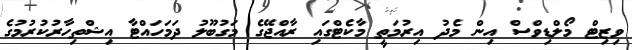
ވިޒިޓް މޯލްޑިވްސް އިން މެދު އިރުމަތީ މާކެޓްގައި ރާއްޖޭގެ މަގުބޫލު ދަމަހައްޓާ އިޝްތިހާރުކުރުމުގެ